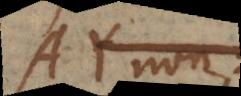
AY non